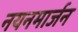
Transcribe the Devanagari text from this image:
नयनमार्जन